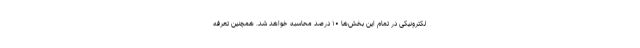
لکترونیکی در تمام این بخش‌ها ۱۰ درصد محاسبه خواهد شد. همچنین تعرفه